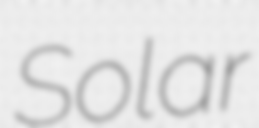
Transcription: Solar